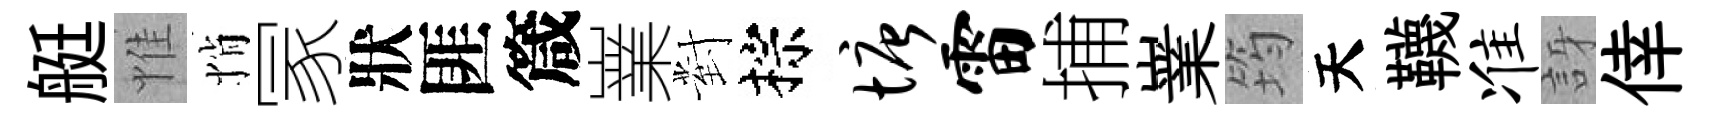
艇惟悄冡狀匪箴嶪對棕塘雷捕嶪筠天韈准訝倖